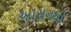
આસનથી